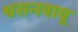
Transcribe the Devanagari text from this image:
श्वसनवायू